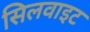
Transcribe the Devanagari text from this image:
सिलवाइट